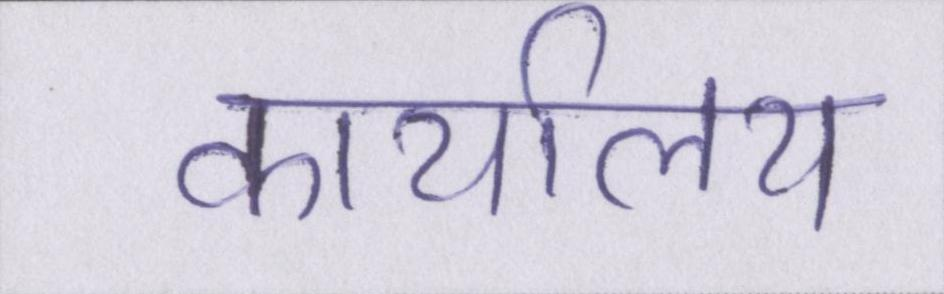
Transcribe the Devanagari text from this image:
कार्यालय